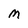
Character: M